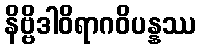
နိဗ္ဗိဒါဝိရာဂဝိပန္နဿ